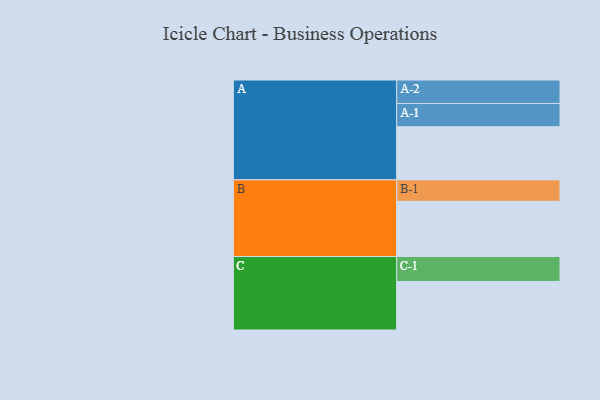
{"axis": {"x": "Segment", "y": "Value"}, "legend": ["", "A", "B", "C"], "data": [{"x": "A", "y": 512, "type": ""}, {"x": "B", "y": 532, "type": ""}, {"x": "C", "y": 468, "type": ""}, {"x": "A-1", "y": 224, "type": "A"}, {"x": "A-2", "y": 226, "type": "A"}, {"x": "B-1", "y": 207, "type": "B"}, {"x": "C-1", "y": 240, "type": "C"}]}